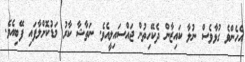
އެހެންވެ ގުޅާވެސް ނުލާ ކައިޒާން ދެކޭހިތުން ޖައްސައިލީއެވެ. ނަތާޝާ ކާރު މަޑުކޮށްލާފައި ފޭބިއެވެ.